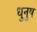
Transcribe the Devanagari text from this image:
धुनुष